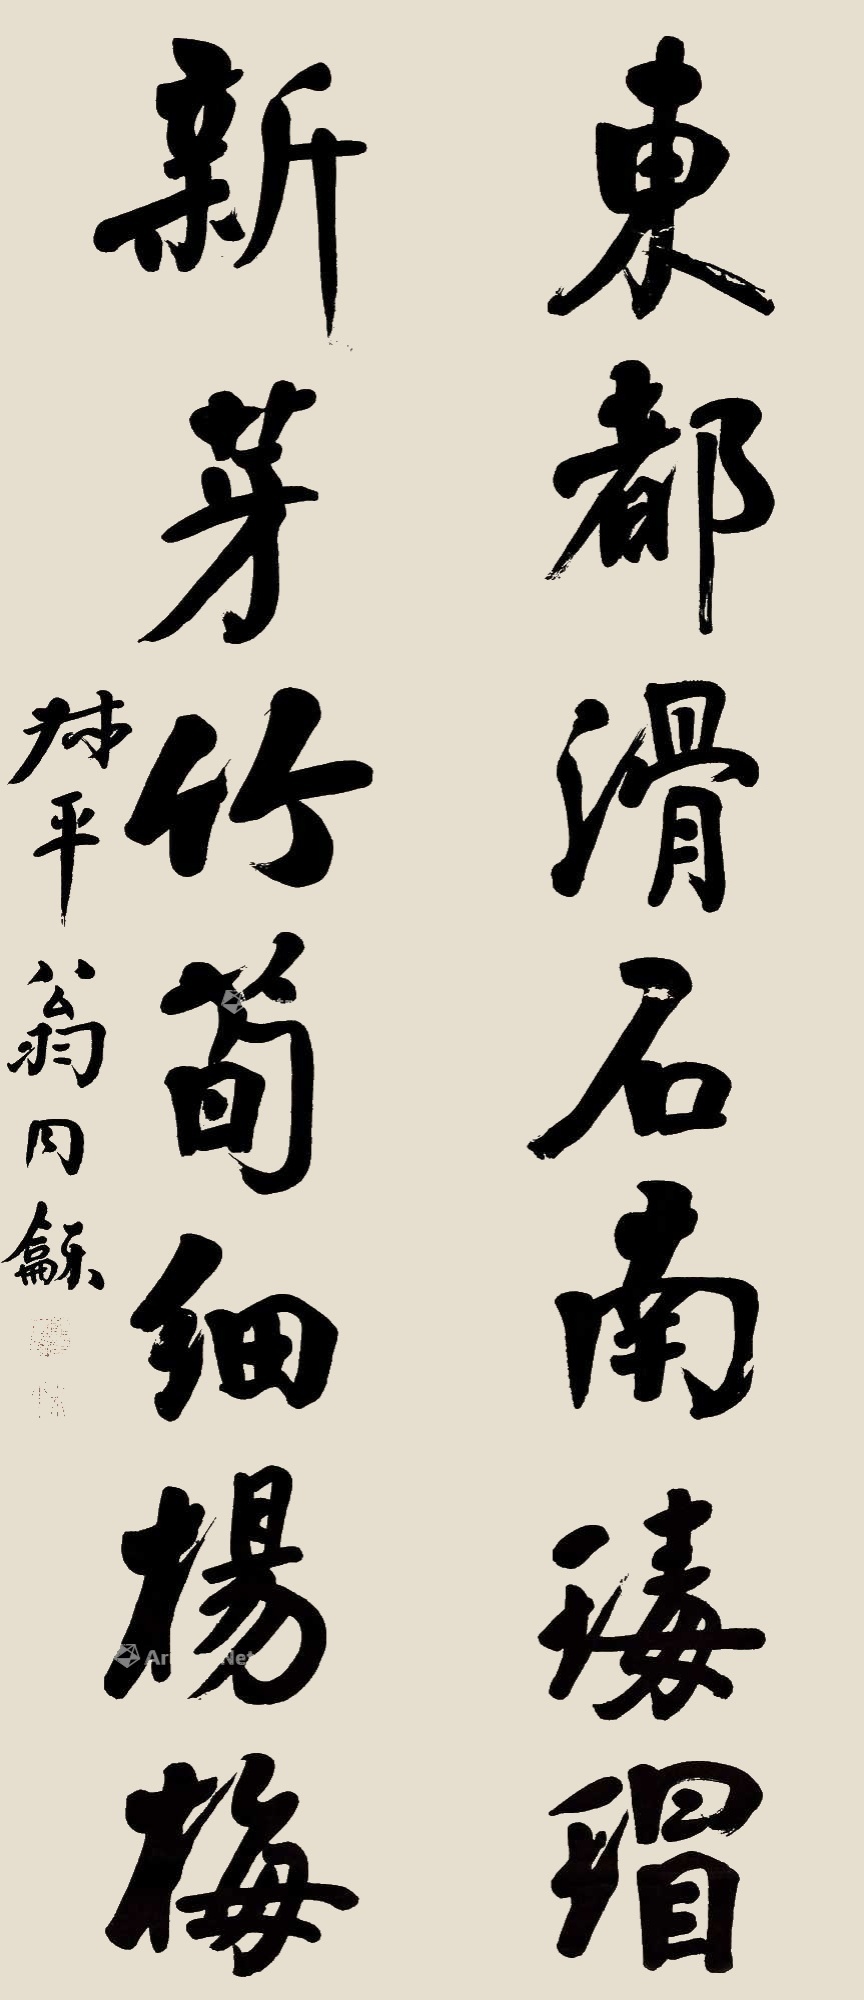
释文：东都滑石南瑇瑁，新芽竹笋细杨梅。叔平翁同龢。